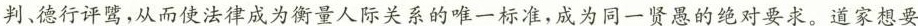
判、德行评骘，从而使法律成为衡量人际关系的唯一标准，成为同一贤愚的绝对要求。道家想要